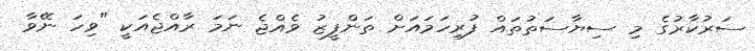
ސަރުކާރުގެ މި ސިޔާސަތުތައް ފުރިހަމައަށް ތަންފީޒު ވެއްޖެ ނަމަ ރާއްޖެއަކީ "ވިހަ ނޭވާ